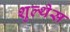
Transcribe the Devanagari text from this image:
शुल्थेस